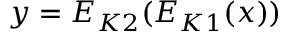
y = E _ { K 2 } ( E _ { K 1 } ( x ) )